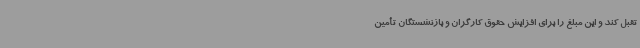
تقبل کند و این مبلغ را برای افزایش حقوق کارگران و بازنشستگان تأمین